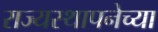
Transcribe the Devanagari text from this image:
राज्‍यस्‍थापनेच्या